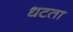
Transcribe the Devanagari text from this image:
धटता